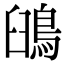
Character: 䳎